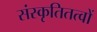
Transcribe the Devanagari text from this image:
संस्कृतितत्वों